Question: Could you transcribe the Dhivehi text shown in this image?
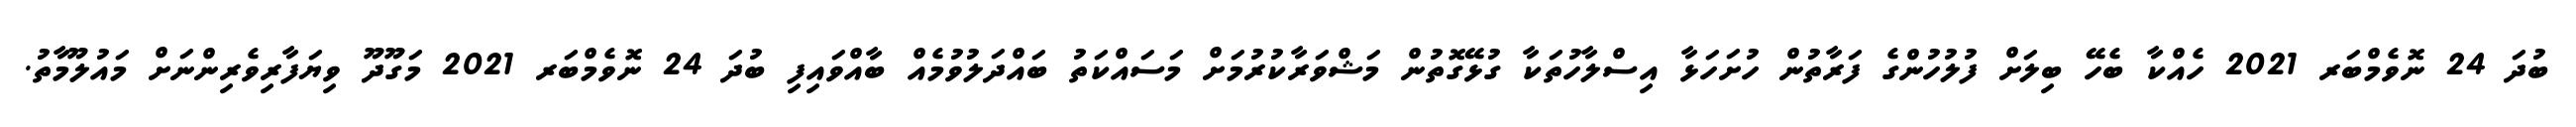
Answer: ބުދަ 24 ނޮވެމްބަރ 2021 ހެއްކާ ބެހޭ ބިލަށް ފުލުހުންގެ ފަރާތުން ހުށަހަޅާ އިސްލާހުތަކާ ގުޅޭގޮތުން މަޝްވަރާކުރުމަށް މަސައްކަތު ބައްދަލުވުމެއް ބާއްވައިފި ބުދަ 24 ނޮވެމްބަރ 2021 މަގޫދޫ ވިޔަފާރިވެރިންނަށް މައުލޫމާތު.